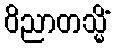
ဝိညာတသ္မိံ